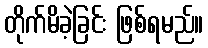
တိုက်မိခဲ့ခြင်း ဖြစ်ရမည်။